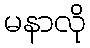
မနာလို